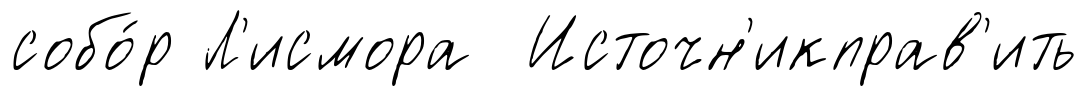
собо́р Л'исмора Источн'икправ'ить